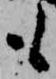
も